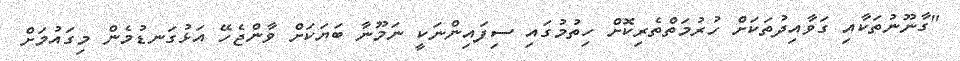
"ގާނޫނުތަކާއި ގަވާއިދުތަކަށް ހުރުމަތްތެރިކޮށް ހިތުމުގައި ސިފައިންނަކީ ނަމޫނާ ބަޔަކަށް ވާންޖެހޭ އަޅުގަނޑުމެން މިގައުމަށް